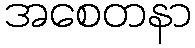
အစေတနာ